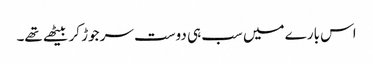
اس بارے میں سب ہی دوست سر جوڑ کر بیٹھے تھے۔